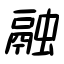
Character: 融